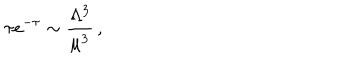
\tau e ^ { - \tau } \sim \frac { \Lambda ^ { 3 } } { \mu ^ { 3 } } \, ,